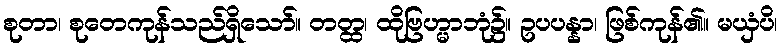
စုတာ၊ စုတေကုန်သည်ရှိသော်။ တတ္ထ၊ ထိုဗြဟ္မာဘုံ၌။ ဥပပန္နာ၊ ဖြစ်ကုန်၏။ မယှံပိ၊